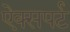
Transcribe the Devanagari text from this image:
ऐक्सपर्ट